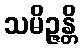
သမိဉ္ဇန္တိ